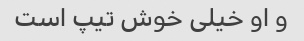
و او خیلی خوش تیپ است